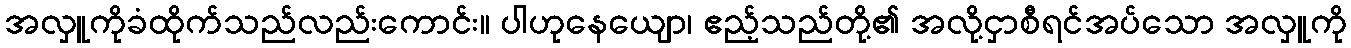
အလှူကိုခံထိုက်သည်လည်းကောင်း။ ပါဟုနေယျော၊ ဧည့်သည်တို့၏ အလို့ငှာစီရင်အပ်သော အလှူကို